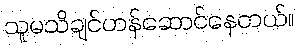
သူမသိချင်ဟန်ဆောင်နေတယ်။